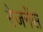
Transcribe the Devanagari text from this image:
रेजनेंस